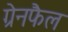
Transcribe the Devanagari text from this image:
ग्रेनफैल